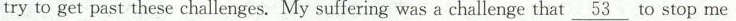
try to get past these challenges. My suffering was a challenge that\underline{53} to stop me